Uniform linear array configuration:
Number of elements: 48
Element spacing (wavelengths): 0.75
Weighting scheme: exponential
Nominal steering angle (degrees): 0
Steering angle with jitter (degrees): -0.5966
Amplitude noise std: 0.05
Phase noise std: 0.05

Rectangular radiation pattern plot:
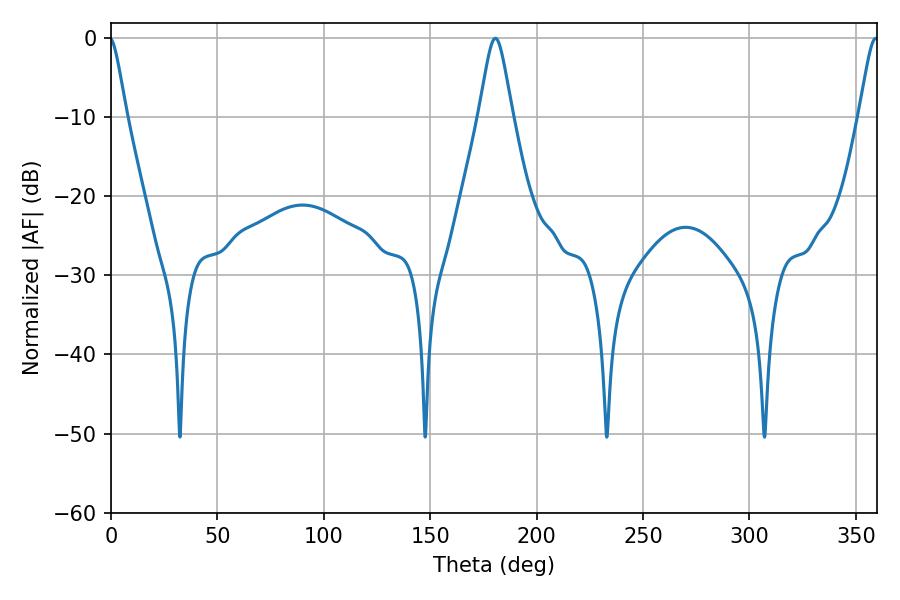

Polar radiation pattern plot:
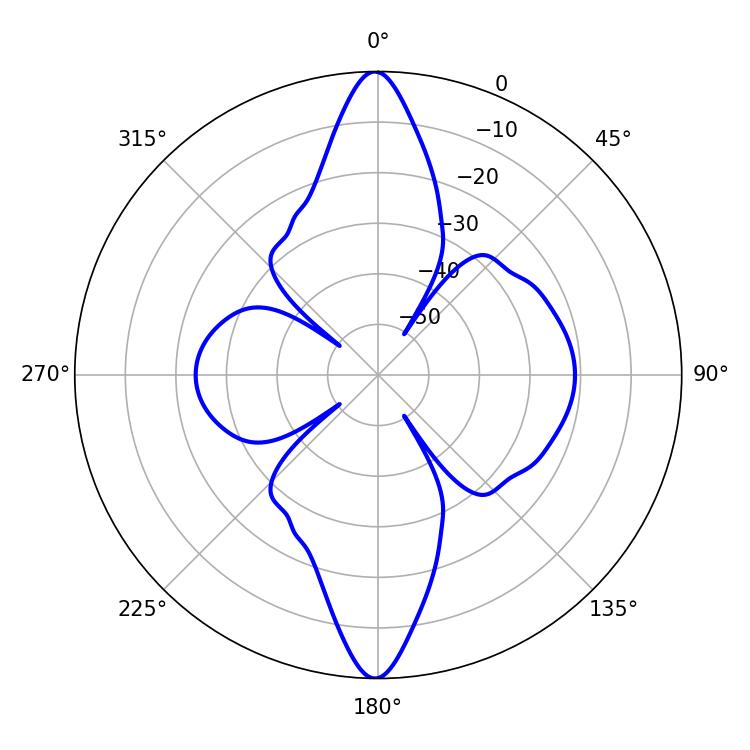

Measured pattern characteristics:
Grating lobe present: TRUE
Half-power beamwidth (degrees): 7.56
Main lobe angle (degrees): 180.54